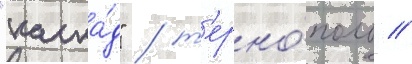
"каска́д" / т'ерно́поль //